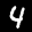
Label: 4